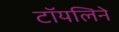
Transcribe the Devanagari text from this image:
टॉयलिने